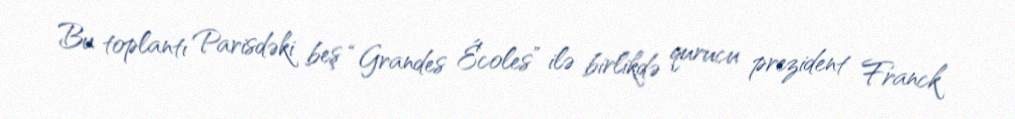
Bu toplantı Parisdəki beş “Grandes Écoles” ilə birlikdə qurucu prezident Franck